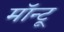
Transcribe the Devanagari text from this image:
मॉन्टू